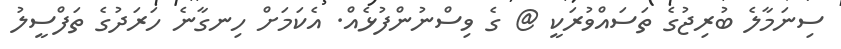
ސިނަމާލެ ބުރިޖުގެ ތަސައްވުރަކީ @ ގެ ވިސްނުންފުޅެއް. އެކަމަށް ހިނގާނެ ހަރަދުގެ ތަފްސީލު